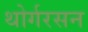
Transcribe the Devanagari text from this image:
थोर्गरसन